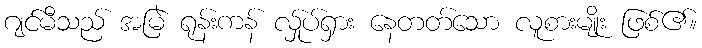
ဂျင်မီသည် အမြဲ ရုန်းကန် လ်ှုပ်ရှား နေတတ်သော လူစားမျိုး ဖြစ်၏။